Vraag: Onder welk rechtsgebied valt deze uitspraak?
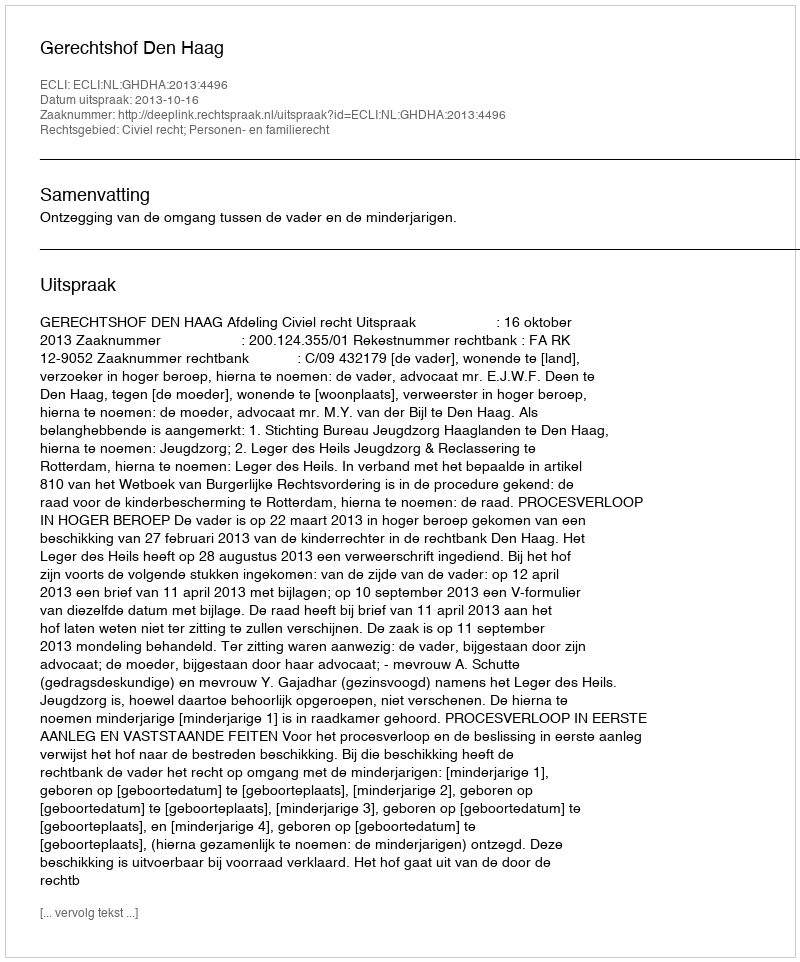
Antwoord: Civiel recht; Personen- en familierecht